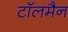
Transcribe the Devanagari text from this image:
टॉलमैन